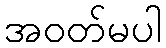
အဝတ်မပါ